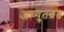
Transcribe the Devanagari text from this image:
अच्युतव्रत